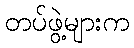
တပ်ဖွဲ့များက